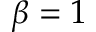
\beta = 1